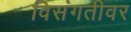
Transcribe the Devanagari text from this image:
विसंगतीवर